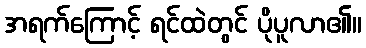
အရက်ကြောင့် ရင်ထဲတွင် ပိုပူလာ၏။